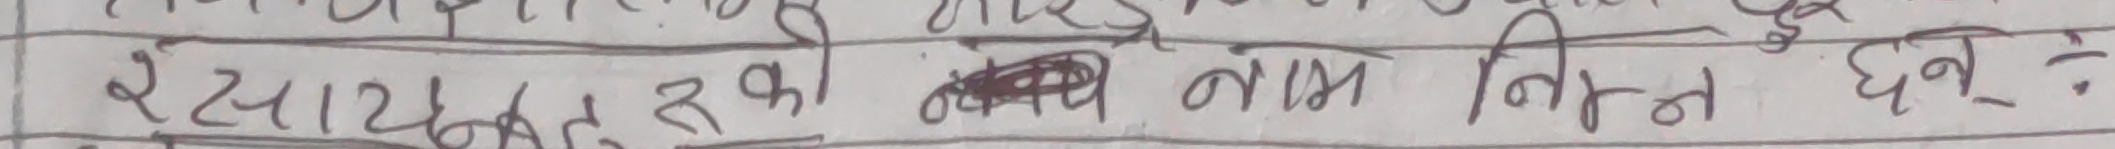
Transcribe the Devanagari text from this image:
रसायनिक तत्वको अन्य नाम निम्न छन्: